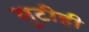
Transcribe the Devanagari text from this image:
सुटीही